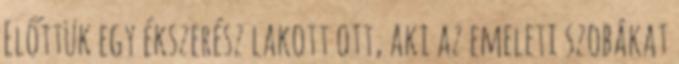
Előttük egy ékszerész lakott ott, aki az emeleti szobákat